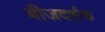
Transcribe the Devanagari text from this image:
बीजदर्शक